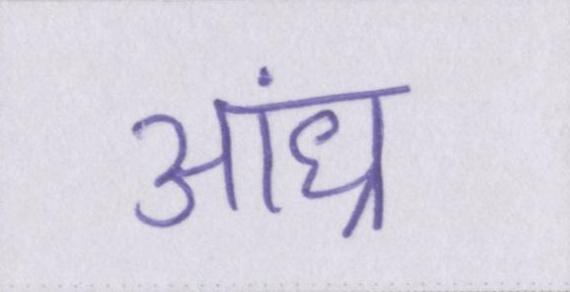
आंध्र